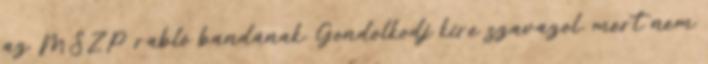
az MSZP rabló bandának. Gondolkodj kire szavazol, mert nem